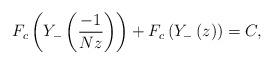
LaTeX: \begin{align*}F_c\left(Y_{-}\left(\frac{-1}{Nz}\right)\right)+F_c\left(Y_{-}\left(z\right)\right)=C,\end{align*}